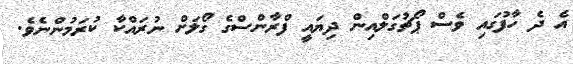
އެ ދެ ހާފުގައި ވެސް ޕޯޗުގަލްއިން ދިޔައީ ފްރާންސްގެ ގޯލަށް ނުރައްކާ ކުރަމުންނެވެ.